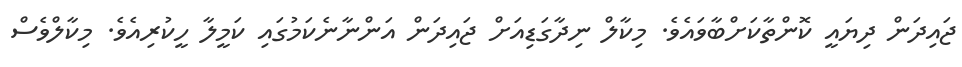
ޖައިދަން ދިޔައީ ކޮންތާކަށްބާވައެވެ. މިކާލް ނިދާގަޑިއަށް ޖައިދަން އަންނާނެކަމުގައި ކަމީލާ ހީކުރިއެވެ. މިކާލްވެސް